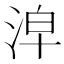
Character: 𣴢